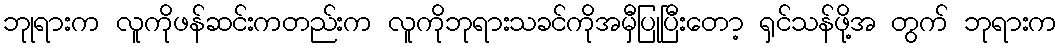
ဘုုရားက လူကိုဖန်ဆင်းကတည်းက လူကိုဘုရားသခင်ကိုအမှီပြုပြီးတော့ ရှင်သန်ဖို့အ တွက် ဘုရားက